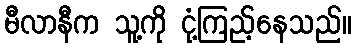
မီလာနီက သူ့ကို ငုံ့ကြည့်နေသည်။